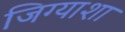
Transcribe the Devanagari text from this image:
जिग्याशा